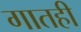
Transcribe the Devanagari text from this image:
गातही